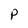
Character: P